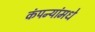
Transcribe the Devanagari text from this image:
कंपन्यांमधे